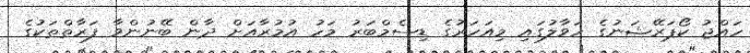
ހައްޖު ކޯޕަރޭޝަނުގެ ހަވާލުގައި މިއަހަރުގެ ޑިސެމްބަރު މަހު އުމުރާއަށް ދާން ބޭނުންވާ ފަރާތްތަކުގެ